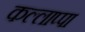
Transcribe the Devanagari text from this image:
कल्लाप्पा